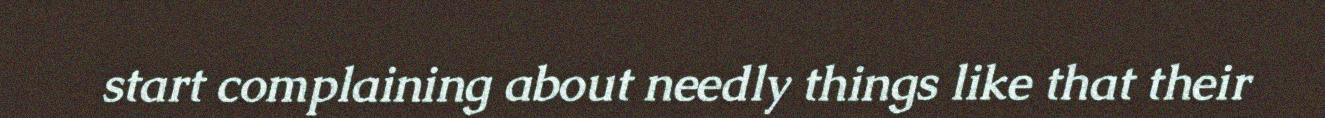
start complaining about needly things like that their